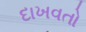
દાખવતો